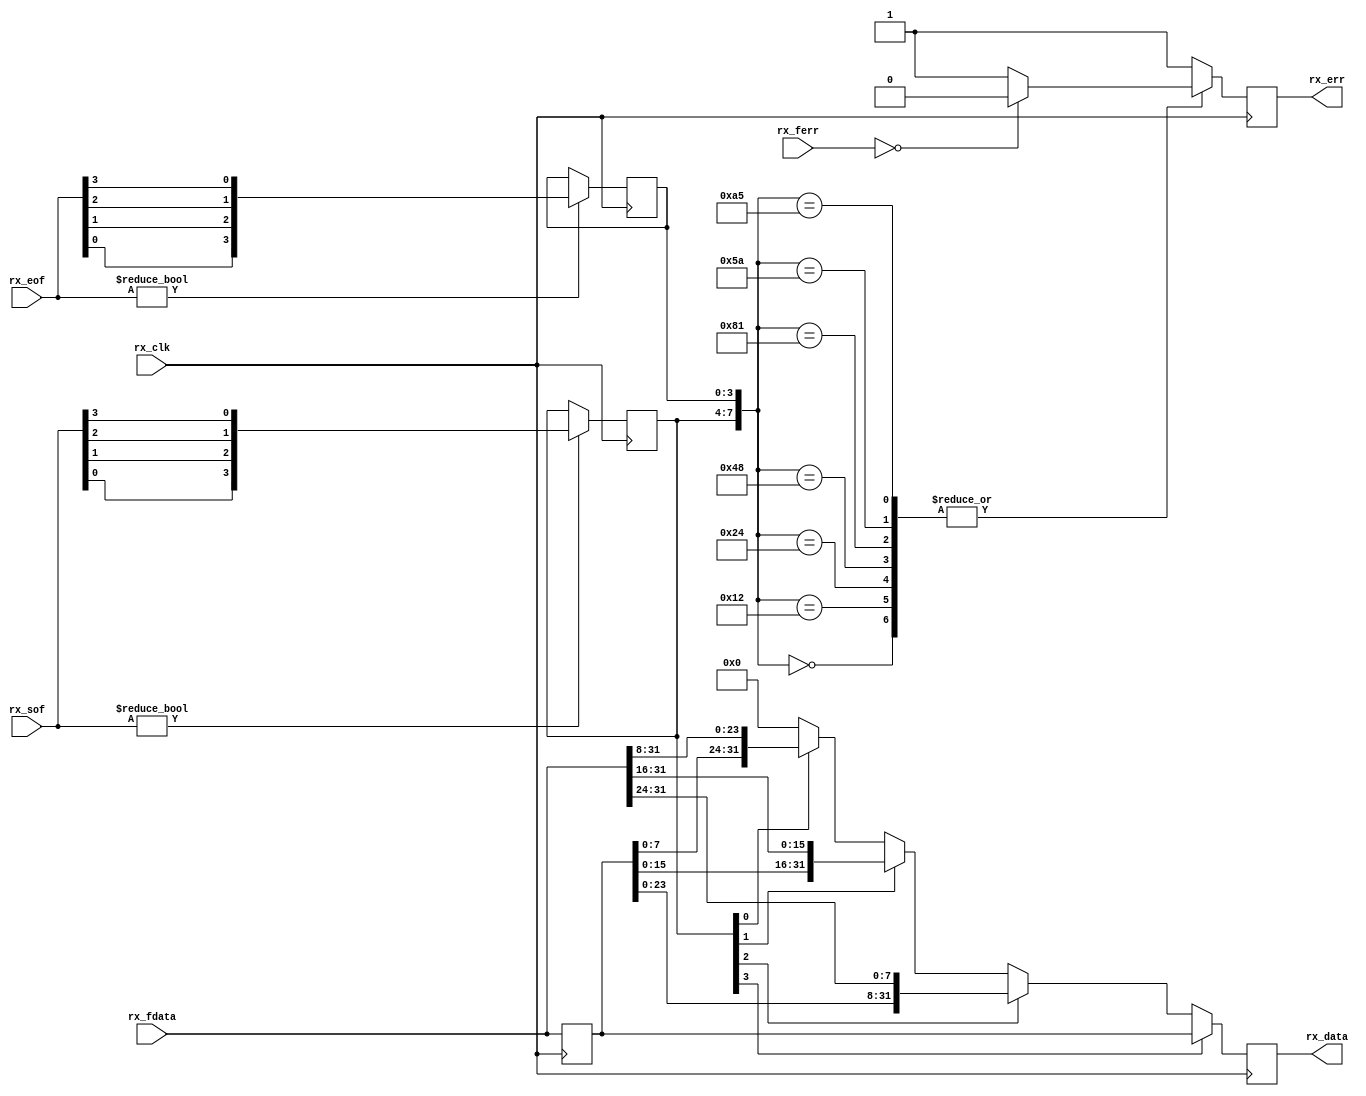
// ***************************************************************************
// ***************************************************************************
// Copyright 2011(c) Analog Devices, Inc.
// 
// All rights reserved.
// 
// Redistribution and use in source and binary forms, with or without modification,
// are permitted provided that the following conditions are met:
//     - Redistributions of source code must retain the above copyright
//       notice, this list of conditions and the following disclaimer.
//     - Redistributions in binary form must reproduce the above copyright
//       notice, this list of conditions and the following disclaimer in
//       the documentation and/or other materials provided with the
//       distribution.
//     - Neither the name of Analog Devices, Inc. nor the names of its
//       contributors may be used to endorse or promote products derived
//       from this software without specific prior written permission.
//     - The use of this software may or may not infringe the patent rights
//       of one or more patent holders.  This license does not release you
//       from the requirement that you obtain separate licenses from these
//       patent holders to use this software.
//     - Use of the software either in source or binary form, must be run
//       on or directly connected to an Analog Devices Inc. component.
//    
// THIS SOFTWARE IS PROVIDED BY ANALOG DEVICES "AS IS" AND ANY EXPRESS OR IMPLIED WARRANTIES,
// INCLUDING, BUT NOT LIMITED TO, NON-INFRINGEMENT, MERCHANTABILITY AND FITNESS FOR A
// PARTICULAR PURPOSE ARE DISCLAIMED.
//
// IN NO EVENT SHALL ANALOG DEVICES BE LIABLE FOR ANY DIRECT, INDIRECT, INCIDENTAL, SPECIAL,
// EXEMPLARY, OR CONSEQUENTIAL DAMAGES (INCLUDING, BUT NOT LIMITED TO, INTELLECTUAL PROPERTY
// RIGHTS, PROCUREMENT OF SUBSTITUTE GOODS OR SERVICES; LOSS OF USE, DATA, OR PROFITS; OR 
// BUSINESS INTERRUPTION) HOWEVER CAUSED AND ON ANY THEORY OF LIABILITY, WHETHER IN CONTRACT,
// STRICT LIABILITY, OR TORT (INCLUDING NEGLIGENCE OR OTHERWISE) ARISING IN ANY WAY OUT OF 
// THE USE OF THIS SOFTWARE, EVEN IF ADVISED OF THE POSSIBILITY OF SUCH DAMAGE.
// ***************************************************************************
// ***************************************************************************

`timescale 1ns/100ps

module ad_jesd_align (

  // jesd interface

  rx_clk,
  rx_sof,
  rx_eof,
  rx_ferr,
  rx_fdata,

  // aligned data

  rx_err,
  rx_data);

  // jesd interface

  input           rx_clk;
  input   [ 3:0]  rx_sof;
  input   [ 3:0]  rx_eof;
  input   [ 3:0]  rx_ferr;
  input   [31:0]  rx_fdata;

  // aligned data

  output          rx_err;
  output  [31:0]  rx_data;

  // internal registers

  reg     [31:0]  rx_fdata_d = 'd0;
  reg     [ 3:0]  rx_sof_hold = 'd0;
  reg     [ 3:0]  rx_eof_hold = 'd0;
  reg     [31:0]  rx_data = 'd0;
  reg             rx_err = 'd0;

  // internal signals
 
  wire    [ 3:0]  rx_eof_s;
  wire            rx_err_s;

  // sof hold and alignment

  assign rx_ferr_s = (rx_ferr == 4'd0) ? 1'b0 : 1'b1;

  always @(posedge rx_clk) begin
    rx_fdata_d <= rx_fdata;
    if (rx_sof != 4'd0) begin
      rx_sof_hold <= {rx_sof[0], rx_sof[1], rx_sof[2], rx_sof[3]};
    end
    if (rx_eof != 4'd0) begin
      rx_eof_hold <= {rx_eof[0], rx_eof[1], rx_eof[2], rx_eof[3]};
    end
    if (rx_sof_hold[3] == 1'b1) begin
      rx_data <= rx_fdata_d;
    end else if (rx_sof_hold[2] == 1'b1) begin
      rx_data <= {rx_fdata_d[23:0], rx_fdata[31:24]};
    end else if (rx_sof_hold[1] == 1'b1) begin
      rx_data <= {rx_fdata_d[15:0], rx_fdata[31:16]};
    end else if (rx_sof_hold[0] == 1'b1) begin
      rx_data <= {rx_fdata_d[7:0], rx_fdata[31:8]};
    end else begin
      rx_data <= 32'd0;
    end
    case ({rx_sof_hold, rx_eof_hold})
      8'b00000000: rx_err <= rx_ferr_s;
      8'b00010010: rx_err <= rx_ferr_s;
      8'b00100100: rx_err <= rx_ferr_s;
      8'b01001000: rx_err <= rx_ferr_s;
      8'b10000001: rx_err <= rx_ferr_s;
      8'b01011010: rx_err <= rx_ferr_s;
      8'b10100101: rx_err <= rx_ferr_s;
      default: rx_err <= 1'b1;
    endcase
  end

endmodule

// ***************************************************************************
// ***************************************************************************